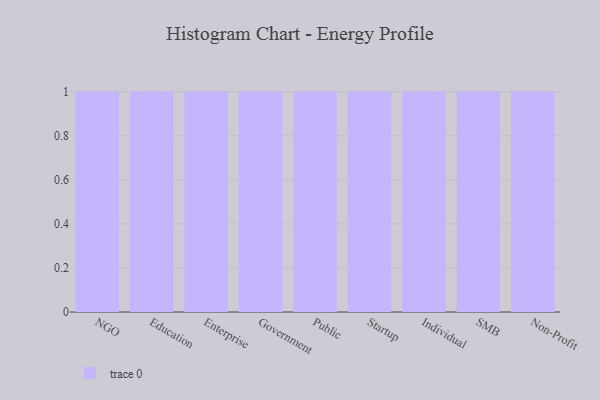
{"axis": {"x": "Segment", "y": "Tickets Resolved"}, "legend": [""], "data": [{"x": "NGO", "y": 13, "type": ""}, {"x": "Education", "y": 18, "type": ""}, {"x": "Enterprise", "y": 29, "type": ""}, {"x": "Government", "y": 51, "type": ""}, {"x": "Public", "y": 95, "type": ""}, {"x": "Startup", "y": 77, "type": ""}, {"x": "Individual", "y": 52, "type": ""}, {"x": "SMB", "y": 53, "type": ""}, {"x": "Non-Profit", "y": 81, "type": ""}]}